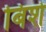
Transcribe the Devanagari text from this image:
बिशे